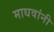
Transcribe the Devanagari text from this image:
माधवांनी